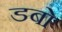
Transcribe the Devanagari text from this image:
डबो